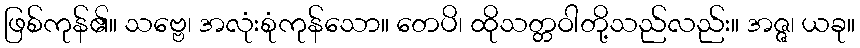
ဖြစ်ကုန်၏။ သဗ္ဗေ၊ အလုံးစုံကုန်သော။ တေပိ၊ ထိုသတ္တဝါတို့သည်လည်း။ အဇ္ဇ၊ ယခု။